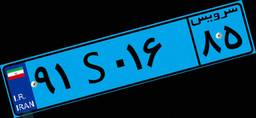
۴۸S۱۷۸۱۸